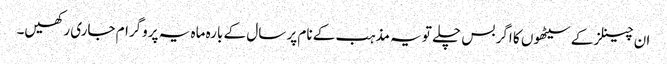
ان چینلز کے سیٹھوں کا اگر بس چلے تو یہ مذہب کے نام پر سال کے بارہ ماہ یہ پروگرام جاری رکھیں۔